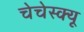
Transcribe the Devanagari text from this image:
चेचेस्क्यू